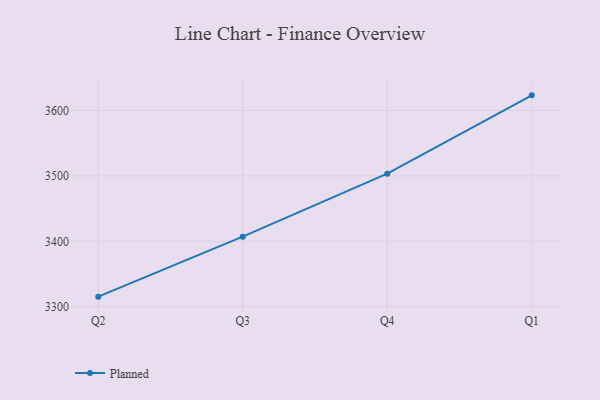
{"axis": {"x": "Quarter", "y": "Demand Index"}, "legend": ["Planned"], "data": [{"x": "Q2", "y": 3315.4, "type": "Planned"}, {"x": "Q3", "y": 3407.1, "type": "Planned"}, {"x": "Q4", "y": 3503.5, "type": "Planned"}, {"x": "Q1", "y": 3623.3, "type": "Planned"}]}